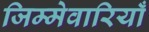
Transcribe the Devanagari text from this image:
जिम्मेवारियाँ